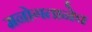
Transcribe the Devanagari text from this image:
मनोगतानेच